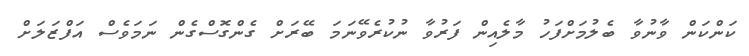
ކަންކަން ވާނުވާ ބެލުމަށްފަހު މާލެއިން ފަރުވާ ނުކުރެވޭނަމަ ބޭރަށް ގެންގޮސްގެން ނަމަވެސް އަފްޒަލަށް